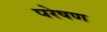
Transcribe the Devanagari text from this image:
परेषण